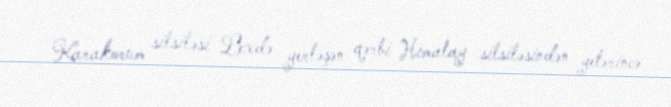
Karakorum silsiləsi Lexdə yerləşən qərbi Himalay silsiləsindən yetərincə